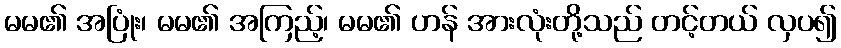
မမ၏ အပြုံး၊ မမ၏ အကြည့်၊ မမ၏ ဟန် အားလုံးတို့သည် တင့်တယ် လှပ၍